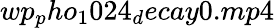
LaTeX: wp_{p}ho_{1}024_{d}ecay0.mp4